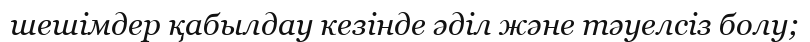
шешімдер қабылдау кезінде әділ және тәуелсіз болу;